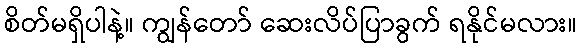
စိတ်မရှိပါနဲ့။ ကျွန်တော် ဆေးလိပ်ပြာခွက် ရနိုင်မလား။